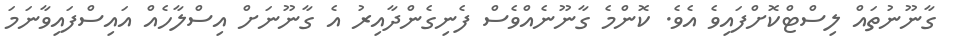
ގާނޫނުތައް ލިސްޓްކޮށްފައިވެ އެވެ. ކޮންމެ ގާނޫނެއްވެސް ފެނިގެންދާއިރު އެ ގާނޫނަށް އިސްލާހެއް އައިސްފައިވާނަމަ